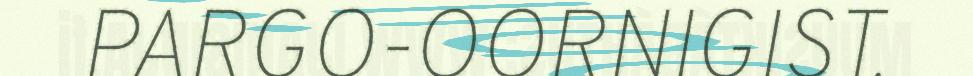
PARGO-OORNIGIST.